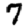
Digit: 7